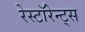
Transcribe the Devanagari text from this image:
रेस्टॉरेन्ट्स